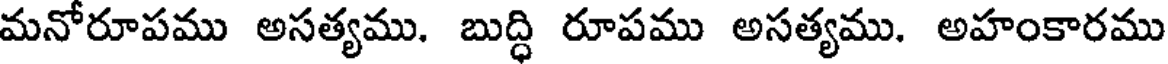
మనోరూపము అసత్యము. బుద్ధి రూపము అసత్యము. అహంకారము